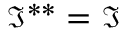
{ \mathfrak { I } } ^ { * * } = { \mathfrak { I } }